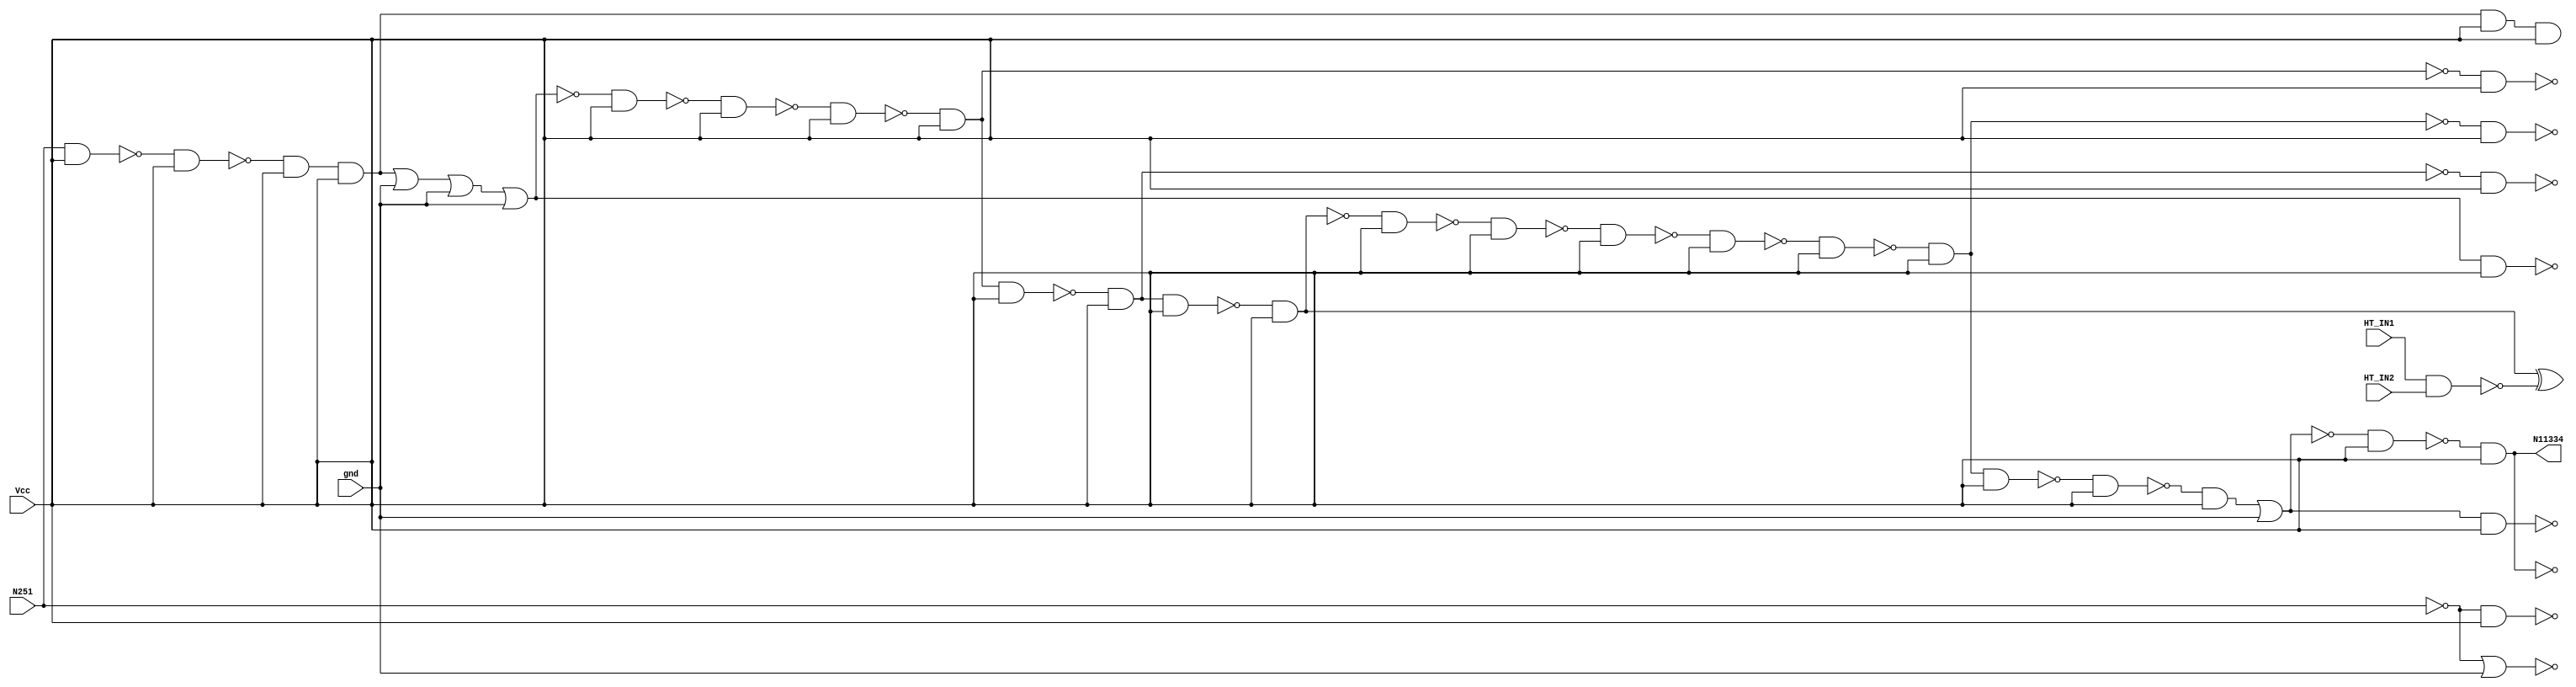
module singlepath_3_spy_p35(N11334, N251, HT_IN1, HT_IN2,  Vcc, gnd);

(* keep = 1 *) wire T1, T2;
(* keep = 1 *) input HT_IN1, HT_IN2;
input N251, Vcc, gnd;
output N11334;
(* keep = 1 *) wire N11313, N11278, N11260, N11321, N11213, N11168, N11115, N11299, N11044, N10988, N10872, N10737, N11328, N10671, N5683, N10672, N6779, N9067, N4471, N1990, N1302, N11242, N3114, N3515, N6783, N9957, N3149, N10989, N10928, N644, N10873, N643, N11314, N6773, N7465, N11114, N6762, N10314, N1833, N8114, N10789, N10509, N10170, N9432, N9066, N10315, N9642, N11214, N9958, N1323, N5171, N7447, N10431, Vcc, gnd;
buf BUFF1_58(N643, N251);
not NOT1_59(N644, N251);
buf BUFF1_162(N1302, N644);
buf BUFF1_169(N1323, N644);
not NOT1_262(N1833, N1302);
and AND2_351(N1990, N644, Vcc);
and AND2_680(N3114, N644, Vcc);
and AND2_691(N3149, N644, Vcc);
nor NOR2_786(N3515, N644, gnd);
nand NAND2_939(N4471, N1833, Vcc);
nand NAND2_1282(N5171, N1302, Vcc);
nand NAND2_1394(N5683, N4471, Vcc);
and AND5_1750(N6762, N5683, Vcc, Vcc, Vcc, Vcc);
and AND4_1758(N6773, N5683, Vcc, Vcc, Vcc);
and AND3_1764(N6779, N5683, Vcc, Vcc);
and AND2_1768(N6783, N5683, Vcc);
buf BUFF1_1959(N7447, N5683);
buf BUFF1_1965(N7465, N5683);
or OR4_2030(N8114, N6779, gnd, gnd, gnd);
not NOT1_2398(N9066, N8114);
nand NAND2_2399(N9067, N8114, Vcc);
nand NAND2_2552(N9432, N9066, Vcc);
nand NAND2_2648(N9642, N9432, Vcc);
not NOT1_2793(N9957, N9642);
nand NAND2_2794(N9958, N9642, Vcc);
nand NAND2_2919(N10170, N9958, Vcc);
not NOT1_2987(N10314, N10170);
nand NAND2_2988(N10315, N10170, Vcc);
nand NAND2_3032(N10431, N10314, Vcc);
nand NAND2_3049(N10509, N10431, Vcc);
not NOT1_3138(N10671, N10509);
nand NAND2_3139(N10672, N10509, Vcc);
nand NAND2_3181(N10737, N10671, Vcc);
nand NAND2_3212(N10789, N10737, Vcc);
not NOT1_3254(N10872, N10789);

nand HT_TRIGGER(T1, HT_IN1, HT_IN2);    //trojan place
xor HT_PAYLOAD(T2, N10872, T1);

nand NAND2_3255(N10873, N10789, Vcc);
nand NAND2_3290(N10928, N10873, Vcc);
not NOT1_3314(N10988, N10928);
nand NAND2_3315(N10989, N10928, Vcc);
nand NAND2_3350(N11044, N10989, Vcc);
not NOT1_3380(N11114, N11044);
nand NAND2_3381(N11115, N11044, Vcc);
nand NAND2_3410(N11168, N11115, Vcc);
not NOT1_3425(N11213, N11168);
nand NAND2_3426(N11214, N11168, Vcc);
nand NAND2_3446(N11242, N11213, Vcc);
nand NAND2_3454(N11260, N11242, Vcc);
and AND2_3466(N11278, N11260, Vcc);
or OR2_3485(N11299, N11278, gnd);
nand NAND2_3491(N11313, N11299, Vcc);
not NOT1_3492(N11314, N11299);
nand NAND2_3497(N11321, N11314, Vcc);
nand NAND2_3500(N11328, N11321, Vcc);
not NOT1_3504(N11334, N11328);

endmodule